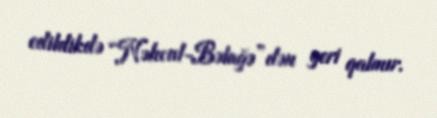
edildikdə “Nəhcul-Bəlağə”dən geri qalmır.